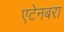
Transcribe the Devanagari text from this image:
एटेनबरा